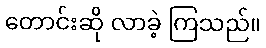
တောင်းဆို လာခဲ့ ကြသည်။